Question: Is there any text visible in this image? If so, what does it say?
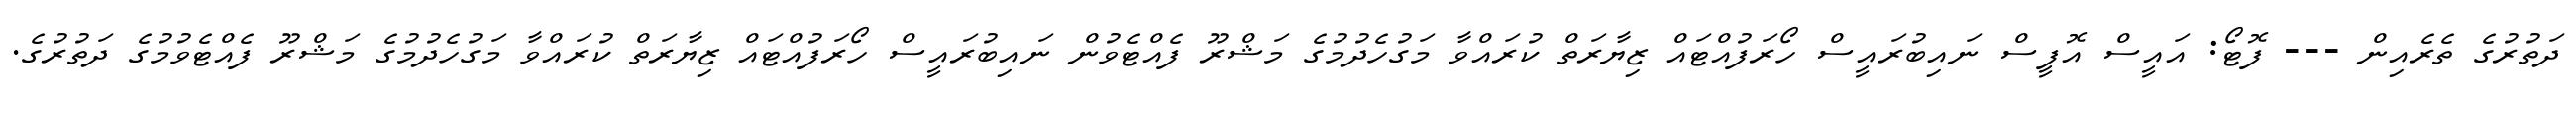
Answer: ދަތުރުގެ ތެރެއިން --- ފޮޓޯ: އައީސް އޮފީސް ނައިބުރައީސް ހޯރަފުއްޓައް ޒިޔާރަތް ކުރައްވާ މަގުހެދުމުގެ މަޝްރޫ ފެއްޓެވުން ނައިބުރައީސް ހޯރަފުއްޓައް ޒިޔާރަތް ކުރައްވާ މަގުހެދުމުގެ މަޝްރޫ ފެއްޓެވުމުގެ ދަތުރުގެ.